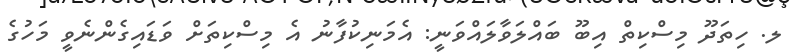
ލ. ހިތަދޫ މިސްކިތް އިބޫ ބައްލަވާލައްވަނީ: އެމަނިކުފާނު އެ މިސްކިތަށް ވަޑައިގެންނެވީ މަހުގެ